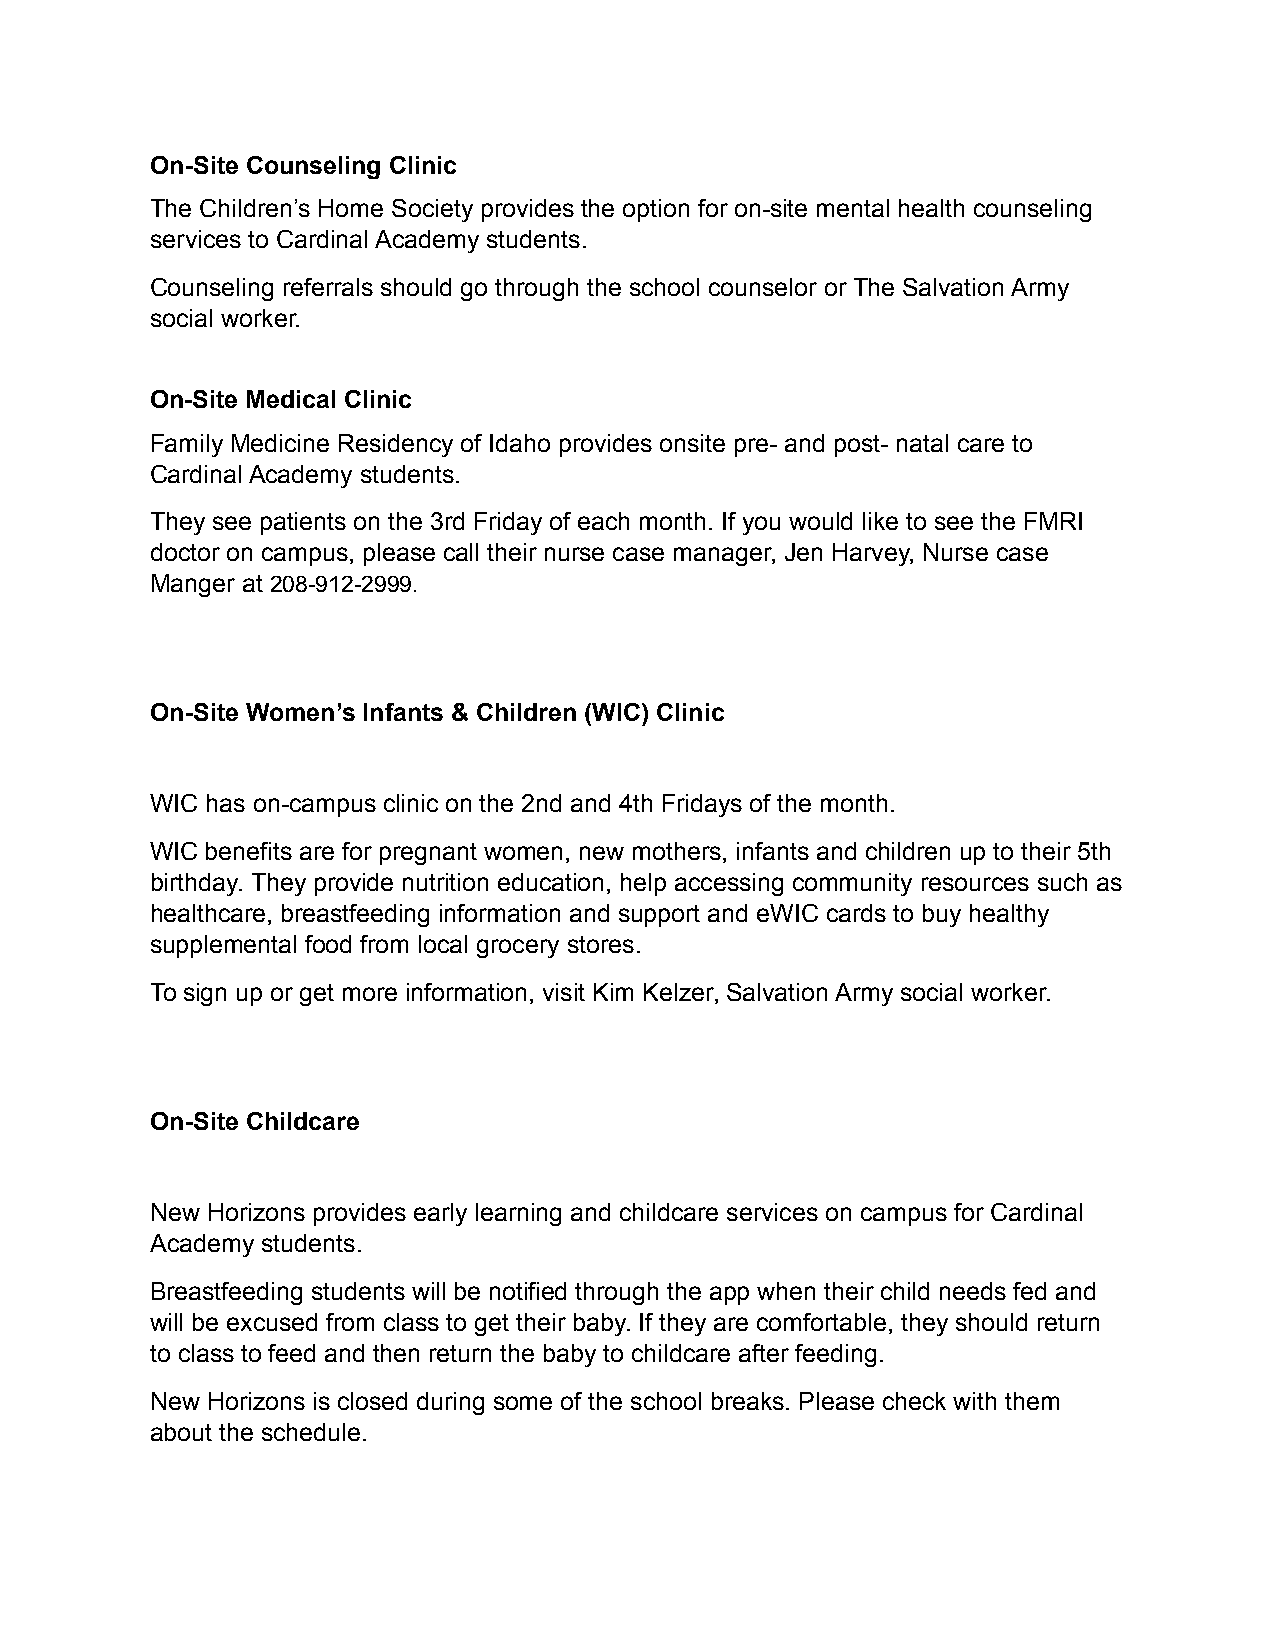
On-Site Counseling Clinic
 The Children’s Home Society provides the option for on-site mental health counseling
 services to Cardinal Academy students.
 Counseling referrals should go through the school counselor or The Salvation Army
 social worker.
 On-Site Medical Clinic
 Family Medicine Residency of Idaho provides onsite pre- and post- natal care to
 Cardinal Academy students.
 They see patients on the 3rd Friday of each month. If you would like to see the FMRI
 doctor on campus, please call their nurse case manager, Jen Harvey, Nurse case
 Manger at 208-912-2999.
 On-Site Women’s Infants & Children (WIC) Clinic
 WIC has on-campus clinic on the 2nd and 4th Fridays of the month.
 WIC benefits are for pregnant women, new mothers, infants and children up to their 5th
 birthday. They provide nutrition education, help accessing community resources such as
 healthcare, breastfeeding information and support and eWIC cards to buy healthy
 supplemental food from local grocery stores.
 To sign up or get more information, visit Kim Kelzer, Salvation Army social worker.
 On-Site Childcare
 New Horizons provides early learning and childcare services on campus for Cardinal
 Academy students.
 Breastfeeding students will be notified through the app when their child needs fed and
 will be excused from class to get their baby. If they are comfortable, they should return
 to class to feed and then return the baby to childcare after feeding.
 New Horizons is closed during some of the school breaks. Please check with them
 about the schedule.